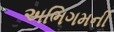
અભિગમની